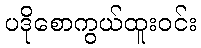
ပဒိုစောကွယ်ထူးဝင်း